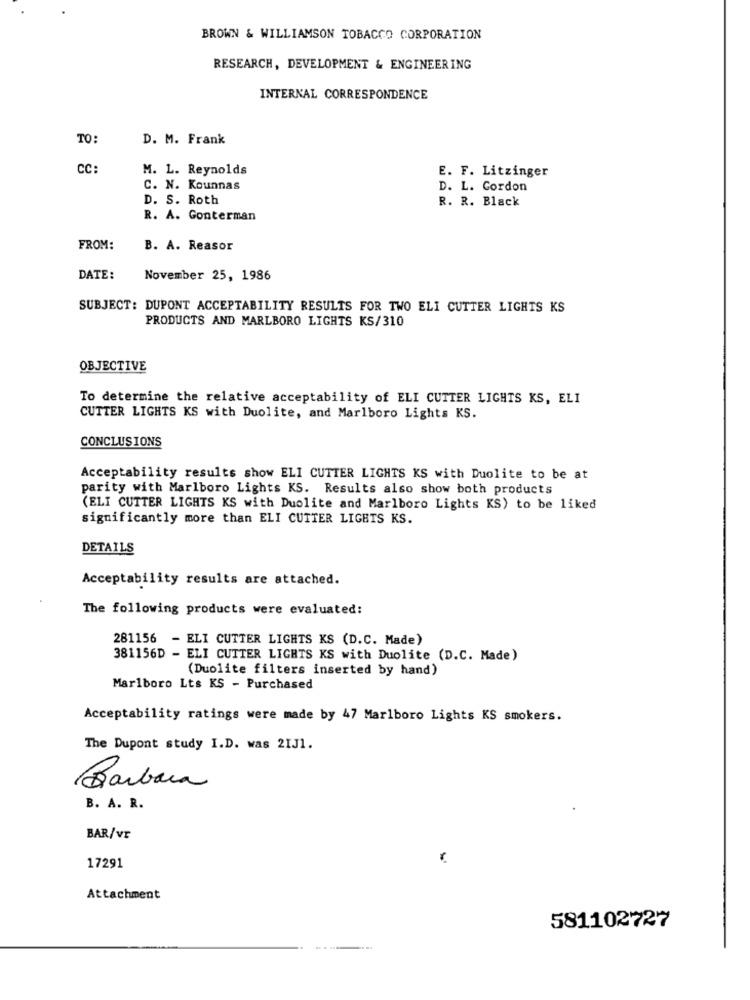
BROWN & WILLIAMSON TOBACCO CORPORATION
RESEARCH, DEVELOPMENT & ENGINEERING
INTERNAL CORRESPONDENCE
TO:
D. M. Frank
CC:
M. L. Reynolds
E. F. Litzinger
C. N. Kounnas
D. L. Cordon
D. S. Roth
R. R. Black
R. A. Gonterman
FROM:
B. A. Reasor
DATE:
November 25, 1986
SUBJECT: DUPONT ACCEPTABILITY RESULTS FOR TWO ELI CUTTER LIGHTS KS
PRODUCTS AND MARLBORO LIGHTS KS/310
OBJECTIVE
To determine the relative acceptability of ELI CUTTER LIGHTS KS, ELI
CUTTER LIGHTS KS with Duolite, and Marlboro Lights KS.
CONCLUSIONS
Acceptability results show ELI CUTTER LIGHTS KS with Duolite to be at
parity with Marlboro Lights KS. Results also show both products
(ELI CUTTER LIGHTS KS with Duolite and Marlboro Lights KS) to be liked
significantly more than ELI CUTTER LIGHTS KS.
DETAILS
Acceptability results are attached.
The following products were evaluated:
281156 - ELI CUTTER LIGHTS KS (D.C. Made)
381156D - ELI CUTTER LIGHTS KS with Duolite (D.C. Made)
(Duolite filters inserted by hand)
Marlboro Lts KS - Purchased
Acceptability ratings were made by 47 Marlboro Lights KS smokers.
The Dupont study I.D. was 2IJ1.
Barbara
B. A. R.
BAR/vr
17291
Attachment
581102727